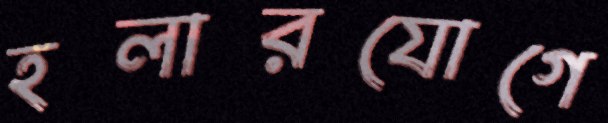
হলারযোগে